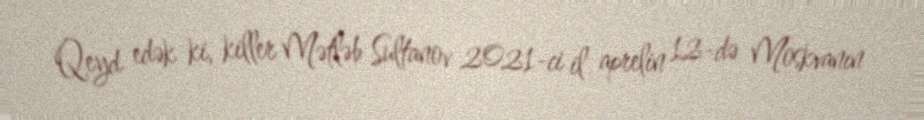
Qeyd edək ki, killer Mətləb Sultanov 2021-ci il aprelin 12-də Moskvanın